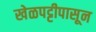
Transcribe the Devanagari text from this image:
खेळपट्टीपासून